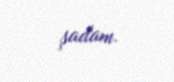
şadam.